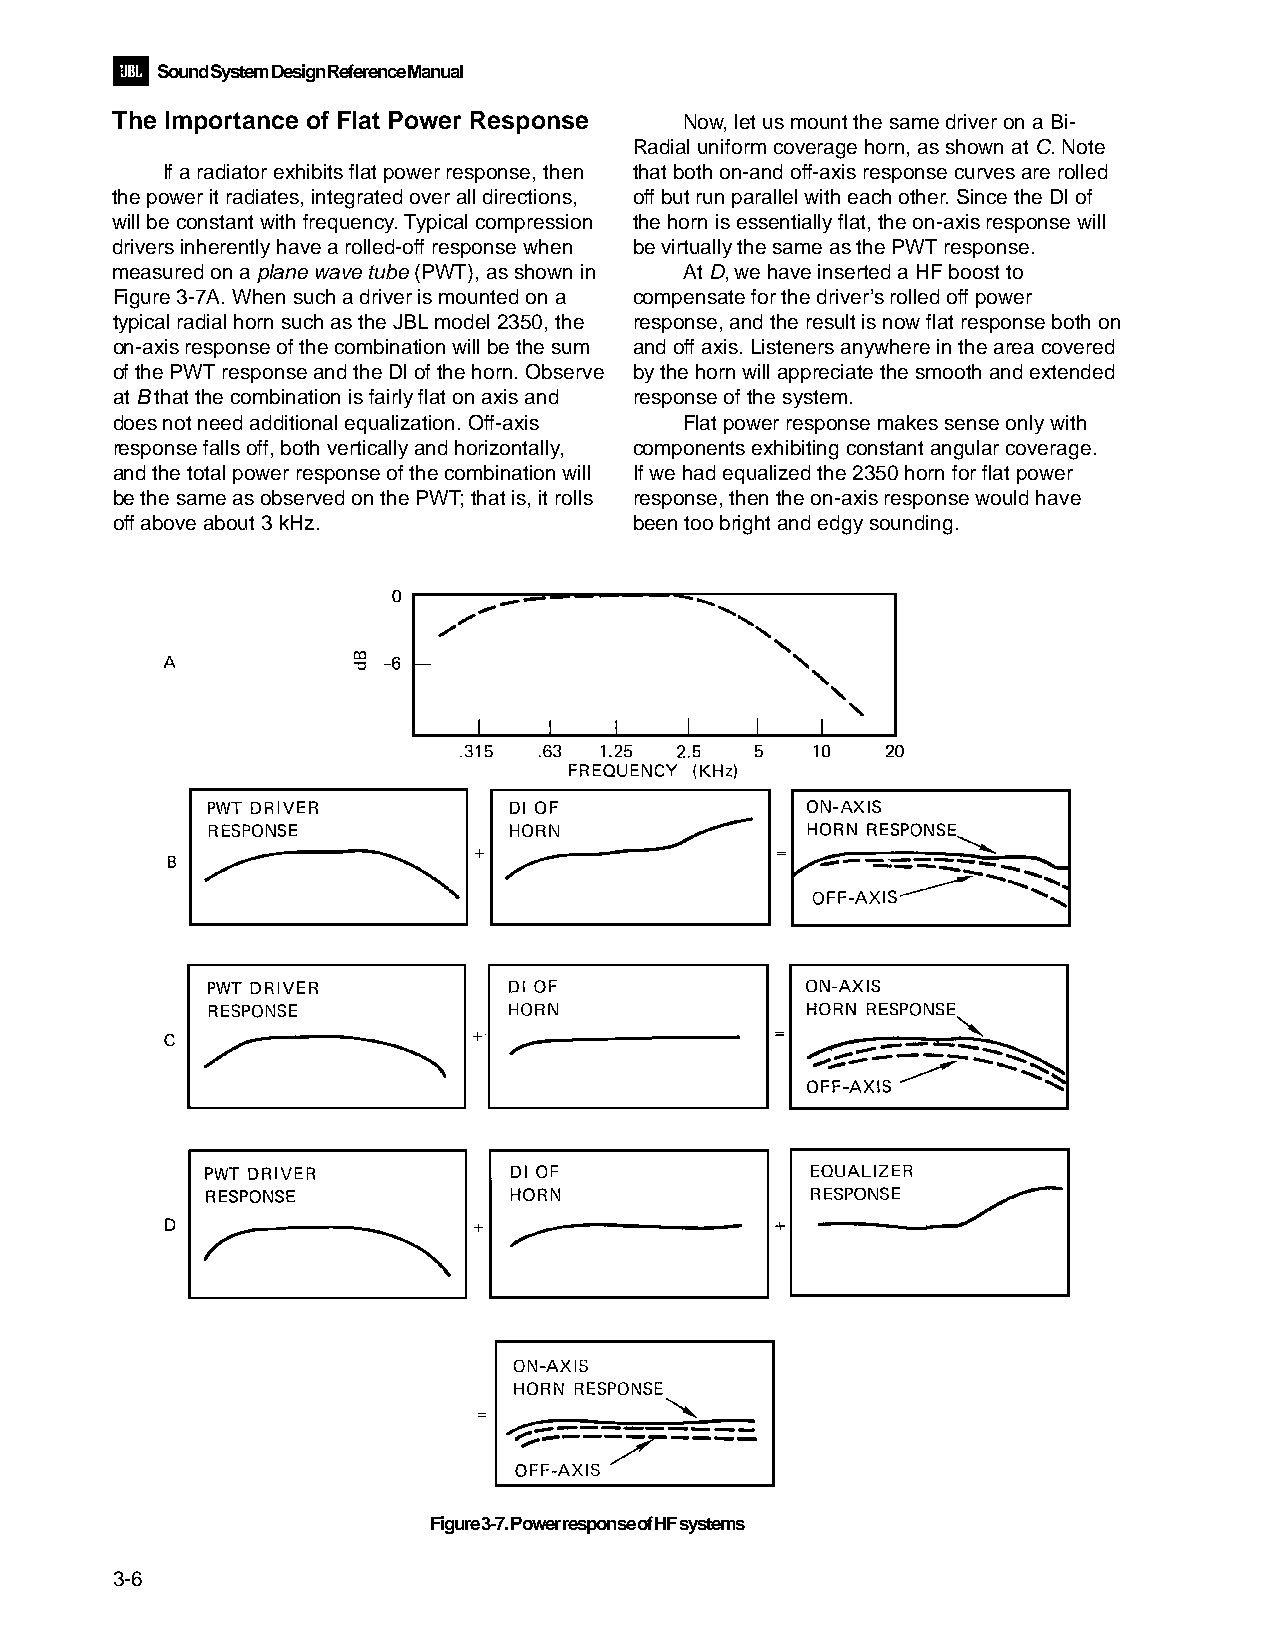
Sound System Design Reference Manual
 The Importance of Flat Power Response Now, let us mount the same driver on a Bi-
 Radial uniform coverage horn, as shown at C. Note
 If a radiator exhibits flat power response, then that both on-and off-axis response curves are rolled
 the power it radiates, integrated over all directions, off but run parallel with each other. Since the Dl of
 will be constant with frequency. Typical compression the horn is essentially flat, the on-axis response will
 drivers inherently have a rolled-off response when be virtually the same as the PWT response.
 measured on a plane wave tube (PWT), as shown in At D, we have inserted a HF boost to
 Figure 3-7A. When such a driver is mounted on a compensate for the driver’s rolled off power
 typical radial horn such as the JBL model 2350, the response, and the result is now flat response both on
 on-axis response of the combination will be the sum and off axis. Listeners anywhere in the area covered
 of the PWT response and the Dl of the horn. Observe by the horn will appreciate the smooth and extended
 at B that the combination is fairly flat on axis and response of the system.
 does not need additional equalization. Off-axis Flat power response makes sense only with
 response falls off, both vertically and horizontally, components exhibiting constant angular coverage.
 and the total power response of the combination will If we had equalized the 2350 horn for flat power
 be the same as observed on the PWT; that is, it rolls response, then the on-axis response would have
 off above about 3 kHz.             been too bright and edgy sounding.
 Figure 3-7. Power response of HF systems
 3-6